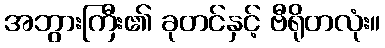
အဘွားကြီး၏ ခုတင်နှင့် ဗီရိုတလုံး။